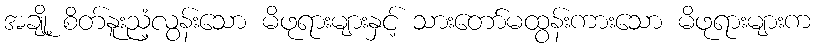
အချို့ စိတ်နူးညံ့လွန်းသော မိဖုရားများနှင့် သားတော်မထွန်းကားသော မိဖုရားများက